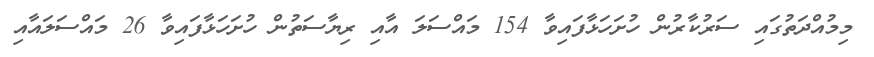
މިމުއްދަތުގައި ސަރުކާރުން ހުށަހަޅާފައިވާ 154 މައްސަލަ އާއި ރިޔާސަތުން ހުށަހަޅާފައިވާ 26 މައްސަލައާއި